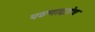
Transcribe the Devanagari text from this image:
पठणाद्वारेच